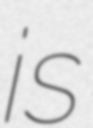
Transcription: is